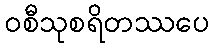
ဝစီသုစရိတဿပေ